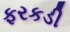
ફરકડી